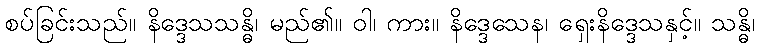
စပ်ခြင်းသည်။ နိဒ္ဒေသသန္ဓိ၊ မည်၏။ ဝါ၊ ကား။ နိဒ္ဒေသေန၊ ရှေးနိဒ္ဒေသနှင့်။ သန္ဓိ၊